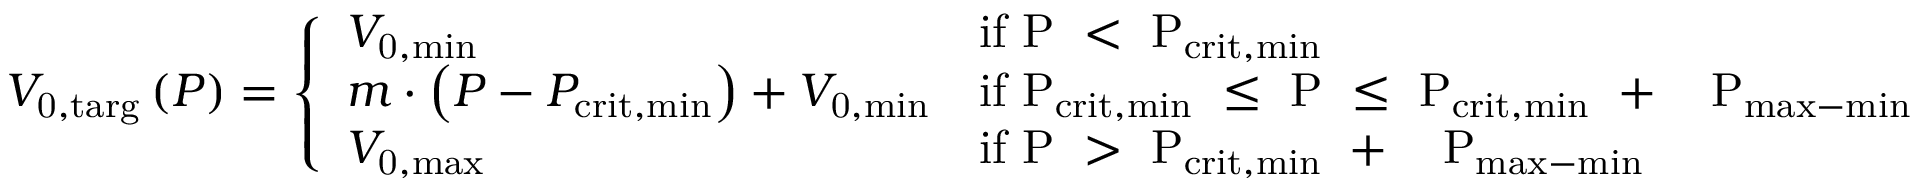
V _ { \mathrm { 0 , t a r g } } \left( P \right) = \left\{ \begin{array} { l l } { V _ { \mathrm { 0 , m i n } } } & { \mathrm { i f ~ P ~ < ~ P _ { \mathrm { c r i t , m i n } } ~ } } \\ { m \cdot \left( P - P _ { \mathrm { c r i t , m i n } } \right) + V _ { \mathrm { 0 , m i n } } } & { \mathrm { i f ~ P _ { \mathrm { c r i t , m i n } } ~ \leq ~ P ~ \leq ~ P _ { \mathrm { c r i t , m i n } } ~ + ~ \Delta ~ P _ { \mathrm { m a x - m i n } } ~ } } \\ { V _ { \mathrm { 0 , m a x } } } & { \mathrm { i f ~ P ~ > ~ P _ { \mathrm { c r i t , m i n } } ~ + ~ \Delta ~ P _ { \mathrm { m a x - m i n } } ~ } } \end{array} \right.